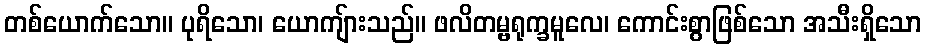
တစ်ယောက်သော။ ပုရိသော၊ ယောကျ်ားသည်။ ဖလိတမ္ဗရုက္ခမူလေ၊ ကောင်းစွာဖြစ်သော အသီးရှိသော